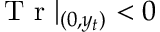
\mathrm { ~ T ~ r ~ } | _ { ( 0 , y _ { t } ) } < 0